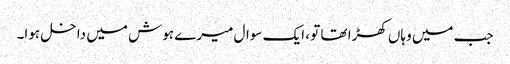
جب میں وہاں کھڑا تھا تو ، ایک سوال میرے ہوش میں داخل ہوا۔